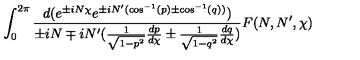
\int _ { 0 } ^ { 2 \pi } \frac { d ( e ^ { \pm i N \chi } e ^ { \pm i N ^ { \prime } ( \cos ^ { - 1 } ( p ) \pm \cos ^ { - 1 } ( q ) ) } ) } { \pm i N \mp i N ^ { \prime } ( \frac { 1 } { \sqrt { 1 - p ^ { 2 } } } \frac { d p } { d \chi } \pm \frac { 1 } { \sqrt { 1 - q ^ { 2 } } } \frac { d q } { d \chi } ) } F ( N , N ^ { \prime } , \chi )